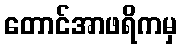
တောင်အာဖရိကမှ